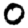
Digit: 0